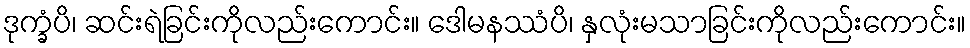
ဒုက္ခံပိ၊ ဆင်းရဲခြင်းကိုလည်းကောင်း။ ဒေါမနဿံပိ၊ နှလုံးမသာခြင်းကိုလည်းကောင်း။